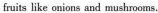
fruits like onions and mushrooms.